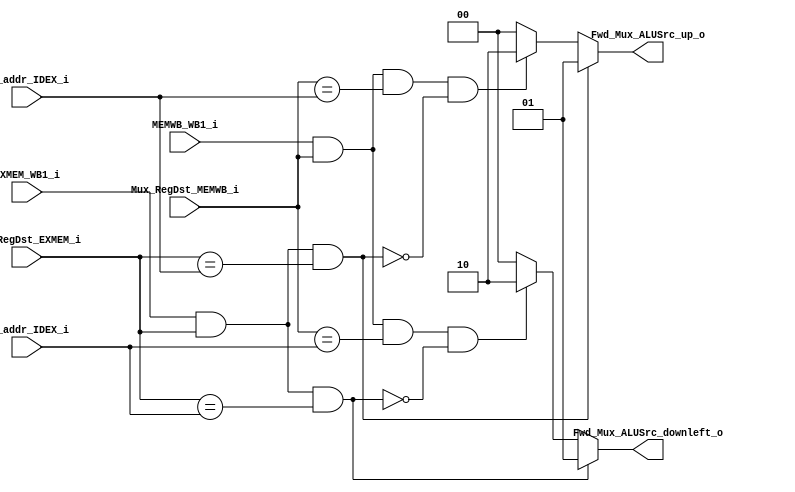
//Reference to CO ppt ch4-78
module Forwarding_unit
(
    RS_addr_IDEX_i,
    RT_addr_IDEX_i,
    Mux_RegDst_EXMEM_i,
    Mux_RegDst_MEMWB_i,
    EXMEM_WB1_i,//EXMEM RegWrite
    MEMWB_WB1_i,//MEMWB RegWrite

    Fwd_Mux_ALUSrc_up_o,
    Fwd_Mux_ALUSrc_downleft_o,
);
//EX hazard first then MEM hazard
input [4:0] RS_addr_IDEX_i;
input [4:0] RT_addr_IDEX_i;
input [4:0] Mux_RegDst_EXMEM_i;
input [4:0] Mux_RegDst_MEMWB_i;
input EXMEM_WB1_i;
input MEMWB_WB1_i;

//for aliasing to match with CO ppt ch4-78

wire [4:0] IDEX_Reg_RS_fwd;
wire [4:0] IDEX_Reg_RT_fwd;
wire [4:0] EXMEM_Reg_RD_fwd;
wire [4:0] MEMWB_Reg_RD_fwd;
wire EXMEM_RegWrite_fwd;
wire MEMWB_RegWrite_fwd;

assign IDEX_Reg_RS_fwd  =  RS_addr_IDEX_i;
assign IDEX_Reg_RT_fwd  =  RT_addr_IDEX_i;
assign EXMEM_Reg_RD_fwd =  Mux_RegDst_EXMEM_i;
assign MEMWB_Reg_RD_fwd =  Mux_RegDst_MEMWB_i;
assign EXMEM_RegWrite_fwd=EXMEM_WB1_i;
assign MEMWB_RegWrite_fwd=MEMWB_WB1_i;
//alias end
output reg [1:0] Fwd_Mux_ALUSrc_up_o;
output reg [1:0] Fwd_Mux_ALUSrc_downleft_o;

always @(*)
begin
	if(EXMEM_RegWrite_fwd&&EXMEM_Reg_RD_fwd&&(EXMEM_Reg_RD_fwd==IDEX_Reg_RS_fwd))
		Fwd_Mux_ALUSrc_up_o=2'b01;
	else if((MEMWB_RegWrite_fwd&&MEMWB_Reg_RD_fwd&&(MEMWB_Reg_RD_fwd==IDEX_Reg_RS_fwd))
	&&(!(EXMEM_RegWrite_fwd&&EXMEM_Reg_RD_fwd&&(EXMEM_Reg_RD_fwd==IDEX_Reg_RS_fwd))))
		Fwd_Mux_ALUSrc_up_o=2'b10;
	else
		Fwd_Mux_ALUSrc_up_o=2'b00;
end

always @(*)
begin
	if(EXMEM_RegWrite_fwd&&EXMEM_Reg_RD_fwd&&(EXMEM_Reg_RD_fwd==IDEX_Reg_RT_fwd))
		Fwd_Mux_ALUSrc_downleft_o=2'b01;
	else if((MEMWB_RegWrite_fwd&&MEMWB_Reg_RD_fwd&&(MEMWB_Reg_RD_fwd==IDEX_Reg_RT_fwd))
	&&(!(EXMEM_RegWrite_fwd&&EXMEM_Reg_RD_fwd&&(EXMEM_Reg_RD_fwd==IDEX_Reg_RT_fwd))))
		Fwd_Mux_ALUSrc_downleft_o=2'b10;
	else
		Fwd_Mux_ALUSrc_downleft_o=2'b00;
end



endmodule